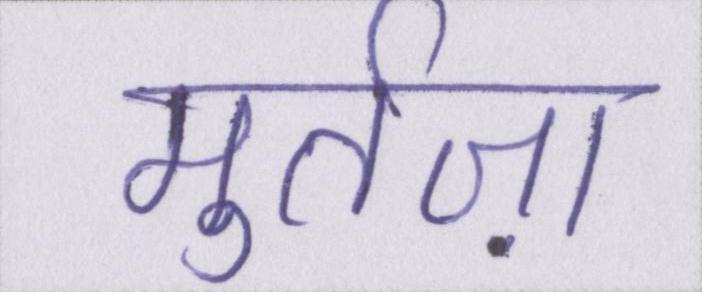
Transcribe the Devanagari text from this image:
मुर्तज़ा